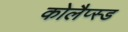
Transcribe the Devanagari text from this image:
कोलैप्स्ड